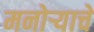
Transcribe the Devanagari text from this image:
मनोऱ्याचे